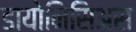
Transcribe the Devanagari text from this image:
डायोनिसिअस